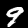
Label: 9